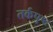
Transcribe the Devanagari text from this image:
तर्कपुष्ट